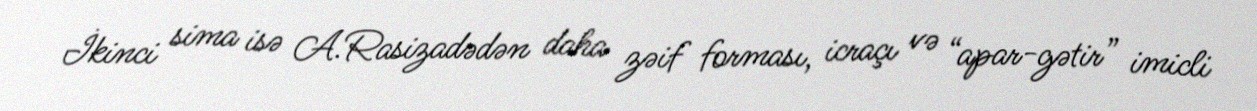
İkinci sima isə A.Rasizadədən daha zəif forması, icraçı və “apar-gətir” imicli